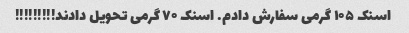
اسنک ۱۰۵ گرمی سفارش دادم. اسنک ۷۰ گرمی تحویل دادند!!!!!!!!!